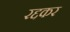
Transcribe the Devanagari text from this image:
रद्दकर